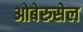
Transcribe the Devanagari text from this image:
ओबेरुसेल